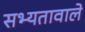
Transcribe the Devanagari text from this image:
सभ्यतावाले